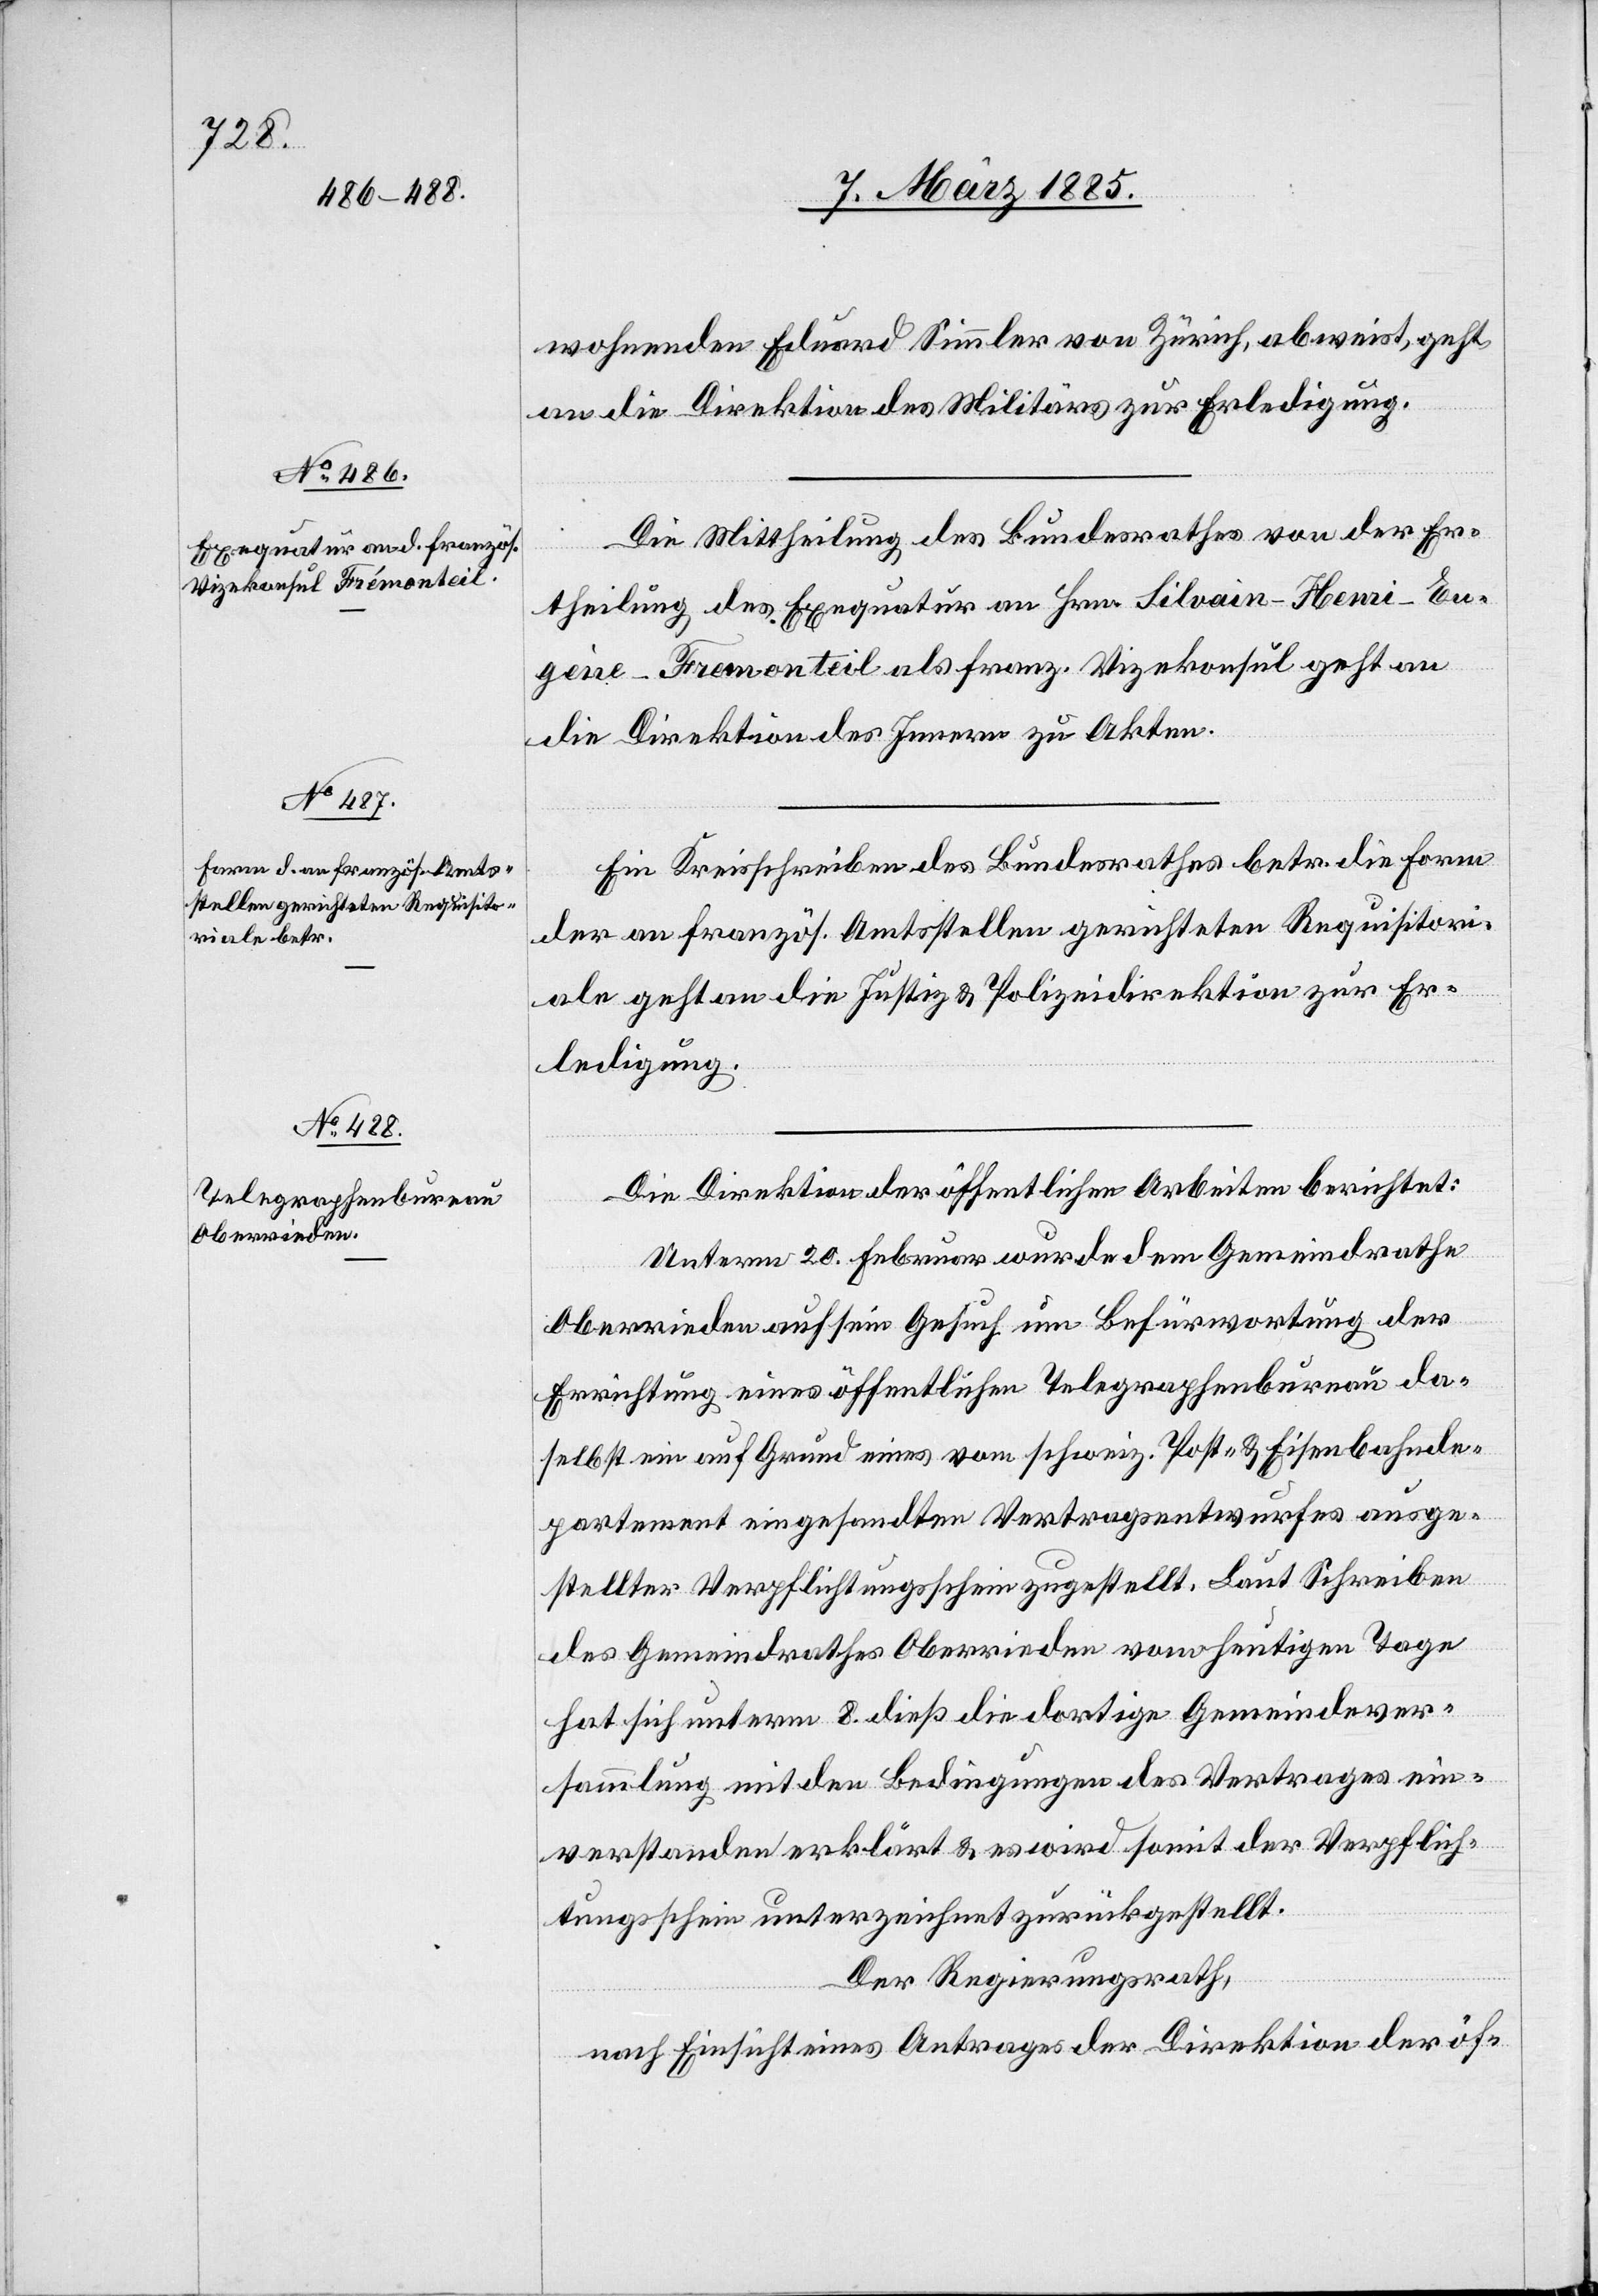
11. März 1885.]
wohnenden Eduard Simmler von Zürich, abweist, geht
an die Direktion des Militärs zur Erledigung.
Die Mittheilung des Bundesrathes von der Er¬
theilung des Exequatur an Hrn. Silvain-Henri-Eu¬
gene-Fremonteil [sic!] als franz. Vizekonsul geht an
die Direktion des Innern zu Akten.
Ein Kreisschreiben des Bundesrathes betr. die Form
der an französ. Amtsstellen gerichteten Requisitori¬
ale geht an die Justiz- & Polizeidirektion zur Er¬
ledigung.
Die Direktion der öffentlichen Arbeiten berichtet:
Unterm 20. Februar wurde dem Gemeindrathe
Oberrieden auf sein Gesuch um Befürwortung der
Errichtung eines öffentlichen Telegraphenbureau da¬
selbst ein auf Grund eines vom schweiz. Post- & Eisenbahnde¬
partement eingesandten Vertragsentwurfes ausge¬
stellter Verpflichtungsschein zugestellt. Laut Schreiben
des Gemeindrathes Oberrieden vom heutigen Tage
hat sich unterm 8. dies die dortige Gemeindever¬
sammlung mit den Bedingungen des Vertrages ein¬
verstanden erklärt & es wird somit der Verpflich¬
tungsschein unterzeichnet zurückgestellt.
Der Regierungsrath,
nach Einsicht eines Antrages der Direktion der öf-